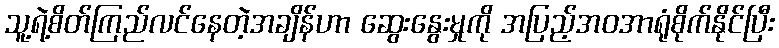
သူ့ရဲ့စိတ်ကြည်လင်နေတဲ့အချိန်ဟာ ဆွေးနွေးမှုကို အပြည့်အဝအာရုံစိုက်နိုင်ပြီး